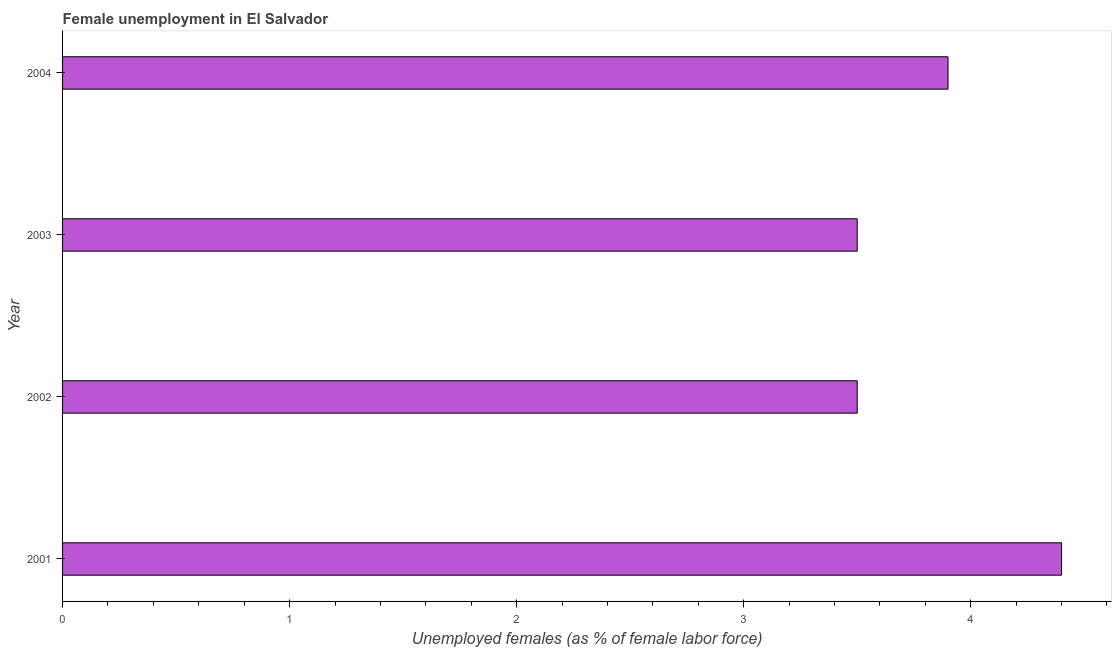
| Year | Unemployment |
 | --- | --- |
 | 2001 | 4.4 |
 | 2002 | 3.5 |
 | 2003 | 3.5 |
 | 2004 | 3.9 |